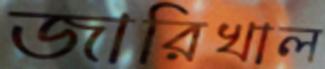
জারিখাল